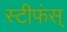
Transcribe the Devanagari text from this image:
स्टीफंस्